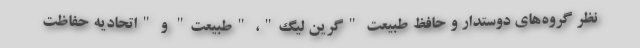
نظر گروه‌های دوستدار و حافظ طبیعت "گرین لیگ"، "طبیعت" و "اتحادیه حفاظت